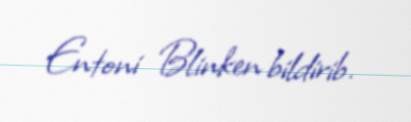
Entoni Blinken bildirib.